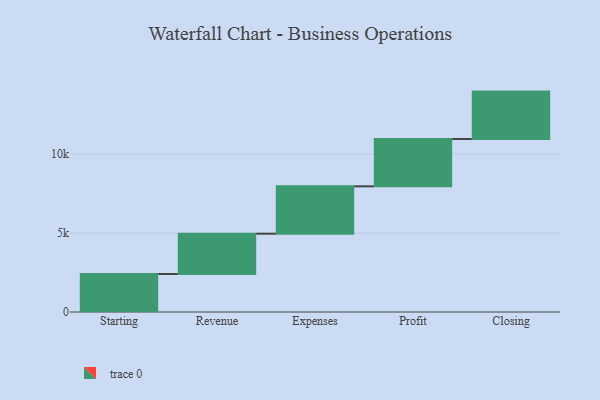
{"axis": {"x": "Step", "y": "Value"}, "legend": [""], "data": [{"x": "Starting", "y": 2408.0, "type": ""}, {"x": "Revenue", "y": 2550.0, "type": ""}, {"x": "Expenses", "y": 3000, "type": ""}, {"x": "Profit", "y": 3000, "type": ""}, {"x": "Closing", "y": 3000, "type": ""}]}